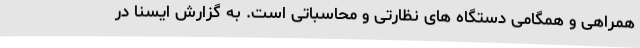
همراهی و همگامی دستگاه های نظارتی و محاسباتی است. به گزارش ایسنا در